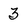
Character: 3